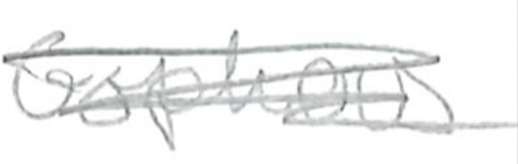
Text: Gophers
Cross-out: scratch
Writing tool: pencil